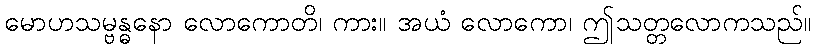
မောဟသမ္ဗန္ဓနော လောကောတိ၊ ကား။ အယံ လောကော၊ ဤသတ္တလောကသည်။